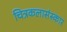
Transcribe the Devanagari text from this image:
चित्रकलासंस्कार